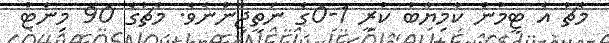
މެޗު އެ ޓީމުން ކާމިޔާބު ކުރީ 1-0ގެ ނަތީޖާިންނެވެ. މެޗުގެ 90 މިނެޓު